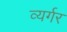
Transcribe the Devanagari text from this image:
व्यर्गर